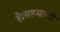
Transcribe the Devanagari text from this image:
है।सहस्राब्दी